Annual administration report of the Civil Veterinary Department of India - 1908-1909
Year: 1908
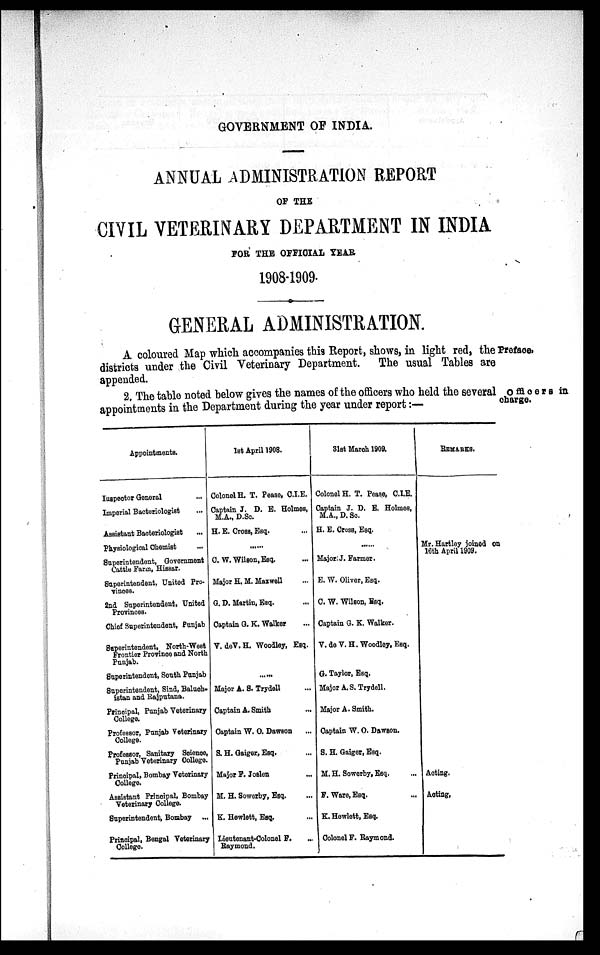
GOVERNMENT OF INDIA.
ANNUAL ADMINISTRATION REPORT
OF THE
CIVIL VETERINARY DEPARTMENT IN INDIA
FOR THE OFFICIAL YEAR
1908-1909.
Preface.
A coloured Map which accompanies this Report, shows, in light red, the
districts under the Civil Veterinary Department. The usual Tables are
appended.
Officers in
charge.
2. The table noted below gives the names of the officers who held the several
appointments in the Department during the year under report:—
Appointments.
Inspector General ...
Imperial Bacteriologist ...
Assistant Bacteriologist ...
Physiologioal Chemist ...
Superintendent, Government
Cattle Farm, Hissar.
Superintendent, United Pro-
vinces.
2nd Superintendent, United
Provinces.
Chief Superintendent, Punjab
Superintendent, North-West
Frontier Province and North
Punjab.
Superintendent, South Punjab
Superintendent, Sind, Baluch-
istan and Rajputana.
Principal, Punjab Veterinary
College.
Professor, Punjab Veterinary
College.
Professor, Sanitary Science,
Punjab Veterinary College.
Principal, Bombay Veterinary
College.
Assistant Principal, Bombay
Veterinary College.
Superintendent, Bombay ...
Principal, Bengal Veterinary
College.
1st April 1908.
Colonel H. T. Pease, C.I.E.
Captain J. D. E. Holmes,
M.A., D.Sc.
H. E. Cross, Esq. ...
C. W. Wilson, Esq. ...
Major H. M. Maxwell ...
G. D. Martin, Esq. ...
Captain G. K. Walker ...
V. deV. H. Woodley, Esq. ...
Major A. S. Trydell ...
Captain A. Smith ...
Captain W. O. Dawson ...
S. H. Gaiger, Esq. ...
Major P. Joslen ...
M. H. Sowerby, Esq. ...
K. Hewlett, Esq. ...
Lieutenant-Colonel F. ...
Raymond.
31st March 1909.
Colonel H. T. Pease, C.I.E.
Captain J. D. E. Holmes,
M.A., D. Sc.
H. E. Cross, Esq.
......
Major, J. Farmer.
E. W. Oliver, Esq.
C. W. Wilson, Esq.
Captain G. K. Walker.
V. de V. H. Woodley, Esq.
G. Taylor, Esq.
Major A. S. Trydell.
Major A. Smith.
Captain W. O. Dawson.
S. H. Gaiger, Esq.
M. H. Sowerby, Esq. ...
F. Ware, Esq. ...
K. Hewlett, Esq.
Colonel F. Raymond.
REMARKS
Mr. Hartley joined on
16th April 1909.
Acting.
Acting.